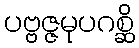
ပဗ္ဗဇ္ဇမုပဂစ္ဆိ